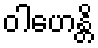
ဝါဟေန္တိ